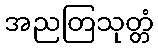
အညတြသုတ္တံ